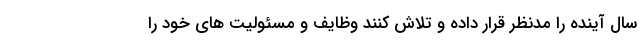
سال آینده را مدنظر قرار داده و تلاش کنند وظایف و مسئولیت های خود را